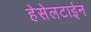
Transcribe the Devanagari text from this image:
हेसेलटाईन